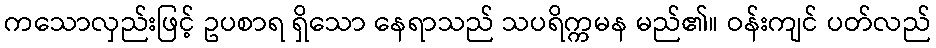
ကသောလှည်းဖြင့် ဥပစာရ ရှိသော နေရာသည် သပရိက္ကမန မည်၏။ ဝန်းကျင် ပတ်လည်